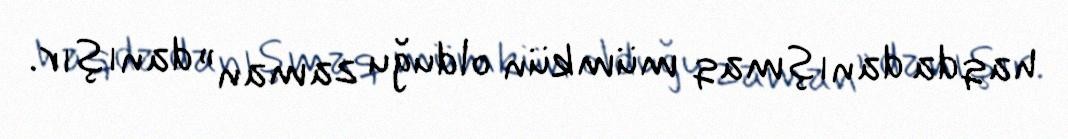
haqda danışmaq mümkün olduğu zaman” danışır.